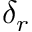
\delta _ { r }